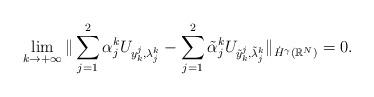
LaTeX: \begin{align*}\lim_{k\to +\infty}\|\sum_{j = 1}^2\alpha^k_j U_{y_k^j, \lambda^k_j} - \sum_{j = 1}^2\tilde{\alpha}^k_j U_{\tilde{y}_k^j, \tilde{\lambda}^k_j}\|_{\dot{H}^\gamma(\mathbb{R}^N)} = 0.\end{align*}